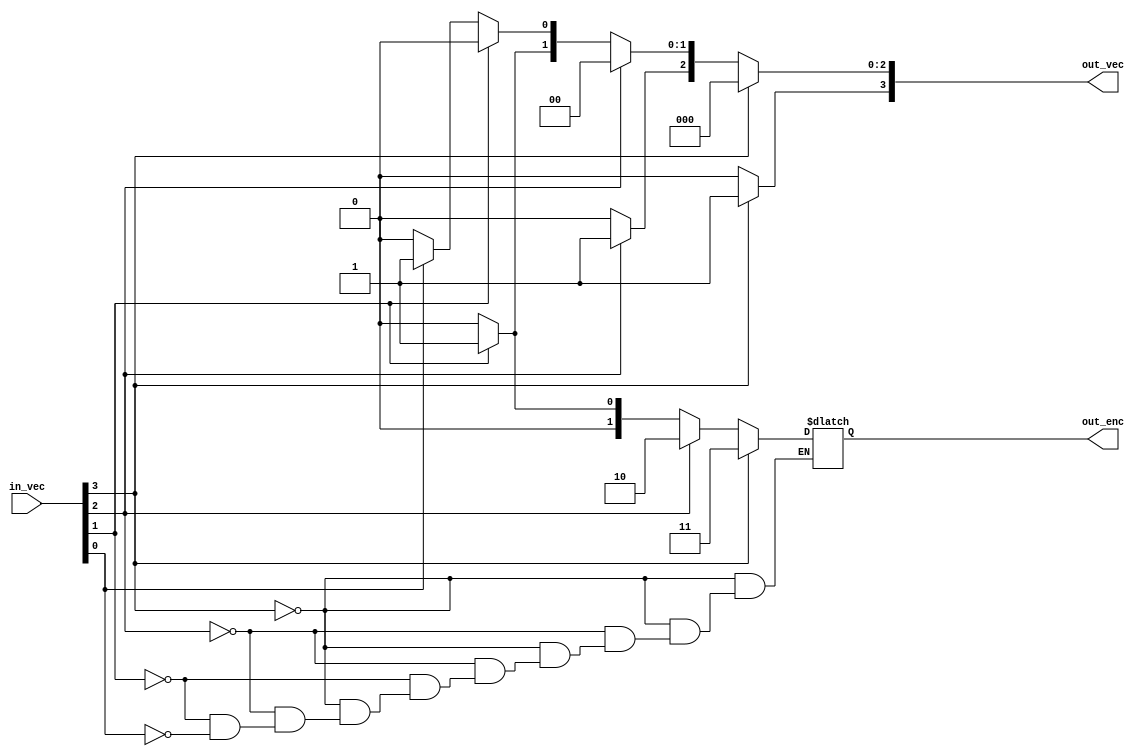
module priority_encoder_4 ( in_vec, out_vec, out_enc );
 input [4-1:0] in_vec ;

 output [4-1:0] out_vec ;
 output [2-1:0] out_enc ;

 wire [4-1:0] in_vec ;
 reg  [2-1:0] out_enc ;
 reg  [4-1:0] out_vec ;

always @*
 begin
   out_vec = 4'b0 ;
  if (in_vec[3]) 
    begin
     out_enc = 3 ;
     out_vec[3] = 1 ; 
    end
  else 
  if (in_vec[2]) 
    begin
     out_enc = 2 ;
     out_vec[2] = 1 ; 
    end
  else 
  if (in_vec[1]) 
    begin
     out_enc = 1 ;
     out_vec[1] = 1 ; 
    end
  else 
  if (in_vec[0]) 
    begin
     out_enc = 0 ;
     out_vec[0] = 1 ; 
    end
 end

endmodule